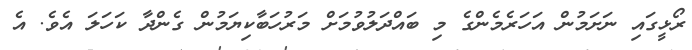
ރޯޅީގައި ނަށަމުން އަހަރެމެންގެ މި ބައްދަލުވުމަށް މަރުހަބާކިޔަމުން ގެންދާ ކަހަލަ އެވެ. އެ